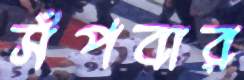
সঁপবার